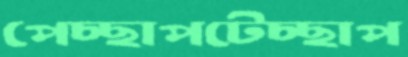
পেচ্ছাপটেচ্ছাপ